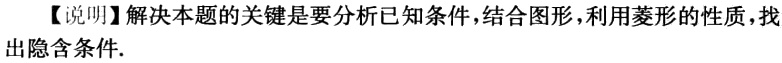
【说明】解决本题的关键是要分析已知条件,结合图形,利用菱形的性质,找出隐含条件.